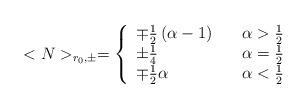
LaTeX: \begin{align*}<N>_{r_0,\pm}=\left\{\begin{array}{ll} \mp\frac{1}{2}\left(\alpha -1\right) & \quad \alpha>\frac{1}{2} \\ \pm\frac{1}{4} & \quad \alpha = \frac{1}{2} \\ \mp\frac{1}{2}\alpha & \quad \alpha<\frac{1}{2}\end{array}\right.\end{align*}